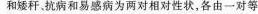
和矮秆。抗病和易感病为两对相对性状，各由一对等